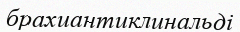
брахиантиклинальді